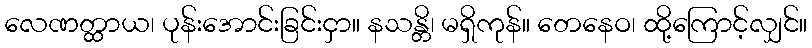
လေဏတ္ထာယ၊ ပုန်းအောင်းခြင်းငှာ။ နသန္တိ၊ မရှိကုန်။ တေနေဝ၊ ထို့ကြောင့်လျှင်။